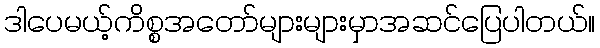
ဒါပေမယ့်ကိစ္စအတော်များများမှာအဆင်ပြေပါတယ်။